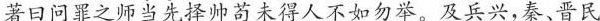
著日问罪之师当先择帅荀未得人不如勿举。及兵兴，秦、晋民